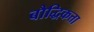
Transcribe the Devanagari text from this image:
बौद्धिकत्ता